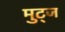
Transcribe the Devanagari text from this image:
मुट्‌ज